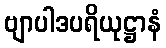
ဗျာပါဒပရိယုဋ္ဌာနံ